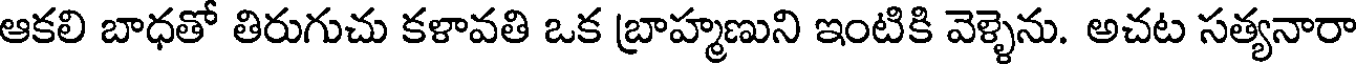
ఆకలి బాధతో తిరుగుచు కళావతి ఒక బ్రాహ్మణుని ఇంటికి వెళ్ళెను. అచట సత్యనారా